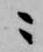
ニ